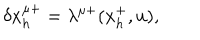
\delta x _ { h } ^ { \mu + } = \lambda ^ { \mu + } ( x _ { h } ^ { + } , u ) ,